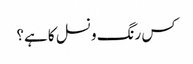
کس رنگ و نسل کا ہے؟